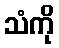
သံကို